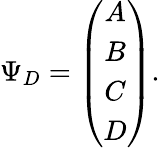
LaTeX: \Psi_{D}=\left(\begin{array}{c}{{A}}\\ {{B}}\\ {{C}}\\ {{D}}\end{array}\right).